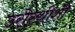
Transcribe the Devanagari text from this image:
उरोस्थीशी